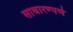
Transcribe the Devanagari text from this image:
साधारण्पणे